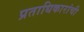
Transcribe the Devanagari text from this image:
प्रताधिकारांची